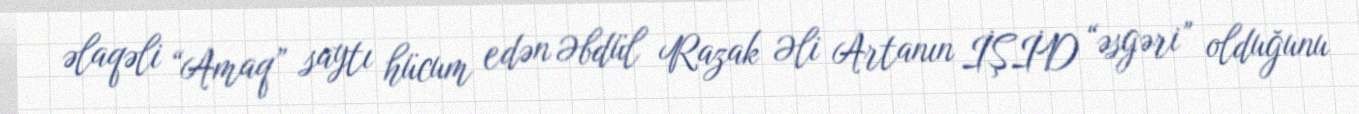
əlaqəli “Amaq” saytı hücum edən Əbdül Razak Əli Artanın İŞİD “əsgəri” olduğunu